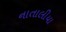
નાતાલીયા